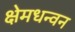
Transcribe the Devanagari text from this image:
क्षेमधन्वन